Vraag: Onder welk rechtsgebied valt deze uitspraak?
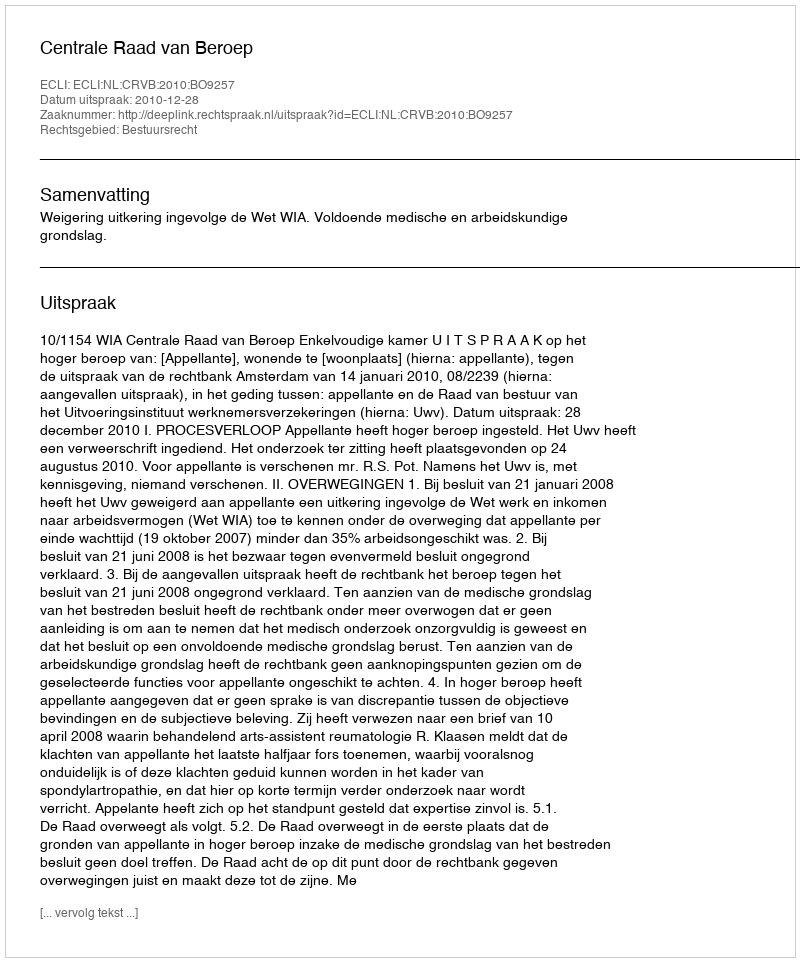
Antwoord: Bestuursrecht